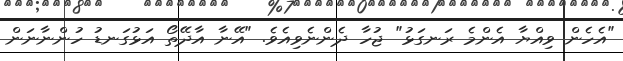
"އެހެން ވިއްޔާ އެންމެ ރަނގަޅު" ޖުހާ ދެންނެވިއެވެ. "އޭނާ އާދޭތޯ އަޅުގަނޑު ހުންނާނަން